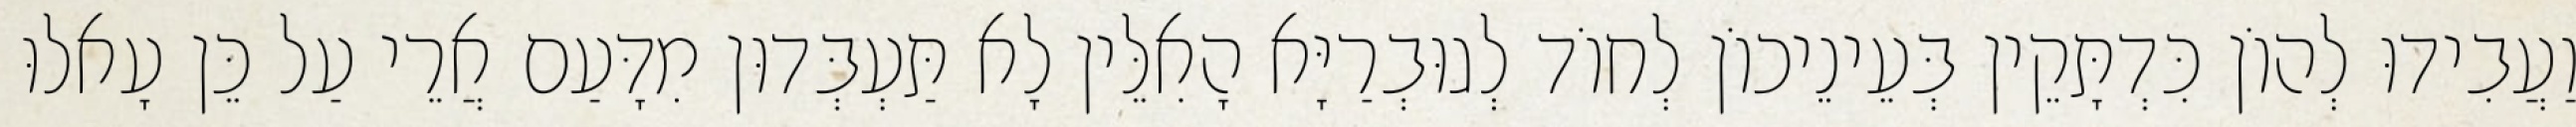
וַעֲבִידוּ לְהוֹן כִּדְתָּקֵין בְּעֵינֵיכוֹן לְחוֹד לְגוּבְרַיָּא הָאִלֵּין לָא תַּעְבְּדוּן מִדָּעַם אֲרֵי עַל כֵּן עָאלוּ